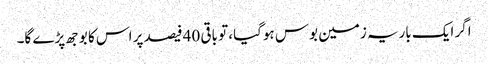
اگر ایک باریہ زمین بوس ہوگیا، تو باقی 40 فیصد پر اس کا بوجھ پڑے گا۔